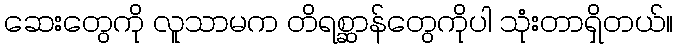
ဆေးတွေကို လူသာမက တိရစ္ဆာန်တွေကိုပါ သုံးတာရှိတယ်။